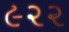
૯૨૨